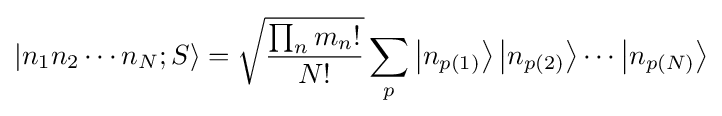
|n_{1}n_{2}\cdots n_{N};S\rangle ={\sqrt {\frac {\prod _{n}m_{n}!}{N!}}}\sum _{p}\left|n_{p(1)}\right\rangle \left|n_{p(2)}\right\rangle \cdots \left|n_{p(N)}\right\rangle